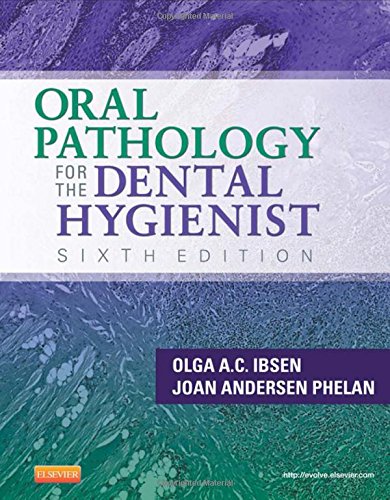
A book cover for Oral Pathology for the Dental Hygienist, 6e (ORAL PATHOLOGY FOR THE DENTAL HYGIENIST ( IBSEN)); Olga A. C. Ibsen RDH  MS; Medical Books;